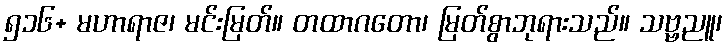
၅၁၆+ မဟာရာဇ၊ မင်းမြတ်။ တထာဂတော၊ မြတ်စွာဘုရားသည်။ သဗ္ဗညူ၊